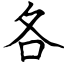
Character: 各